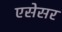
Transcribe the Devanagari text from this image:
एसेसर